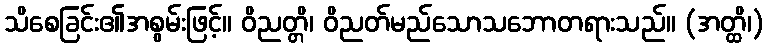
သိစေခြင်း၏အစွမ်းဖြင့်။ ဝိညတ္တိ၊ ဝိညတ်မည်သောသဘောတရားသည်။ (အတ္ထိ၊)